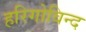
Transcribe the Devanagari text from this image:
हरिगोविन्द